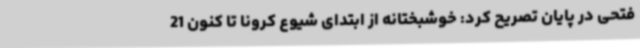
فتحی در پایان تصریح کرد: خوشبختانه از ابتدای شیوع کرونا تا کنون 21